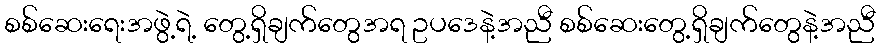
စစ်ဆေးရေးအဖွဲ့ရဲ့ တွေ့ရှိချက်တွေအရ ဥပဒေနဲ့အညီ စစ်ဆေးတွေ့ရှိချက်တွေနဲ့အညီ